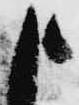
申